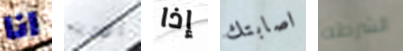
انا أدويته إذا اصابتك الشرطه